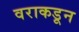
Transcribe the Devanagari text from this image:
वराकडून